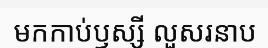
មកកាប់ឫស្សី លួសរនាប